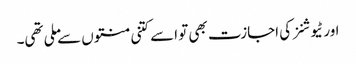
اور ٹیوشنز کی اجازت بھی تو اسے کتنی منتوں سے ملی تھی۔